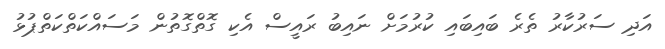
އަދި ސަރުކާރު ތެރެ ބައިބައި ކުރުމަށް ނައިބު ރައީސް އެކި ގޮތްގޮތުން މަސައްކަތްކަތްޕުޅު